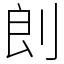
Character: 剆